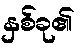
နှစ်ခု၏